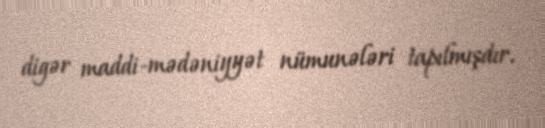
digər maddi-mədəniyyət nümunələri tapılmışdır.